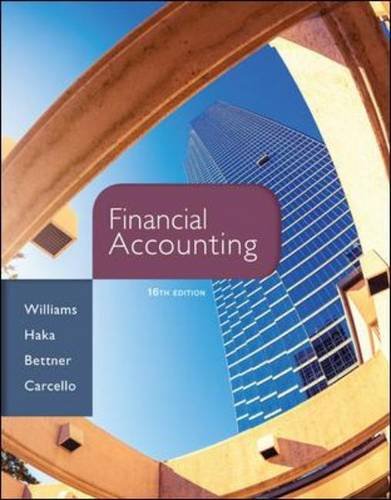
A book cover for Financial Accounting, 16th Edition; Jan Williams; Business & Money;